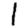
Digit: 1